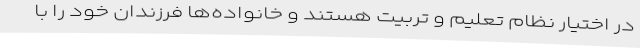
در اختیار نظام تعلیم و تربیت هستند و خانواده‌ها فرزندان خود را با